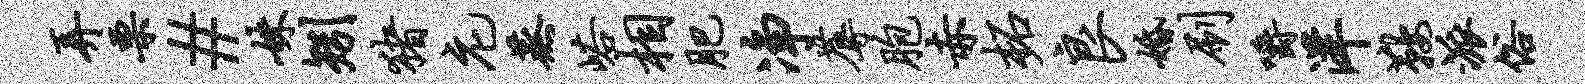
弄栗#妹矧猪庀蒸峪相肥净蓐胞赤柘良婚刷嚼洋鞍派俗